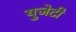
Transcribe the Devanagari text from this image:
युजेटी